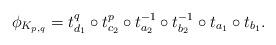
LaTeX: \begin{align*}\phi_{K_{p,q}} = t_{d_1}^q \circ t_{c_2}^p \circ t_{a_2}^{-1}\circ t_{b_2}^{-1} \circ t_{a_1} \circ t_{b_1}.\end{align*}